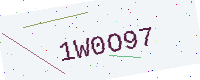
Text: 1W0O97